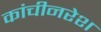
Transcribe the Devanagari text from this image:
कांचीनरेश